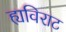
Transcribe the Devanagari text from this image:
ह्यविराट